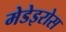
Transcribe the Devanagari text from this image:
मेडेइरोस